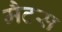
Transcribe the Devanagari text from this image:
मैटस